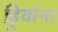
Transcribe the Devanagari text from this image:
हिर्‍यांना